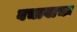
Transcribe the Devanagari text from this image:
बचावाचा